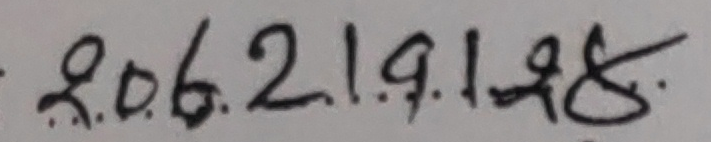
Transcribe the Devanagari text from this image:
२.०.६.२.१.९.१.९.८.